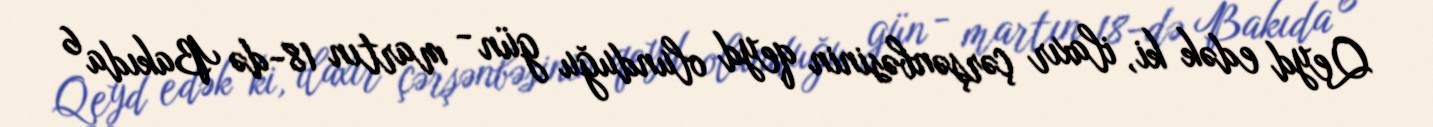
Qeyd edək ki, ilaxır çərşənbəsinin qeyd olunduğu gün - martın 18-də Bakıda 6